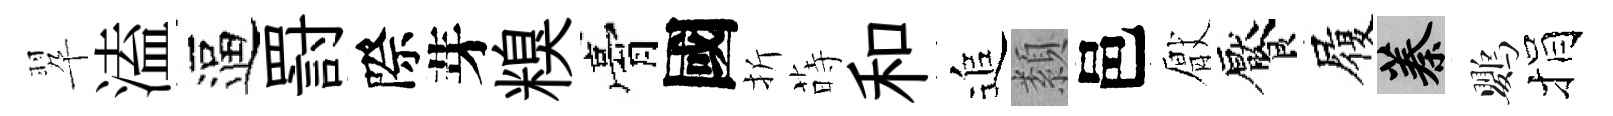
翆溘逼罸際芽糗膏國折蒔和追纇邑厭饜履蓁鸚捐